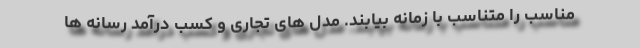
مناسب را متناسب با زمانه بیابند. مدل های تجاری و کسب درآمد رسانه ها